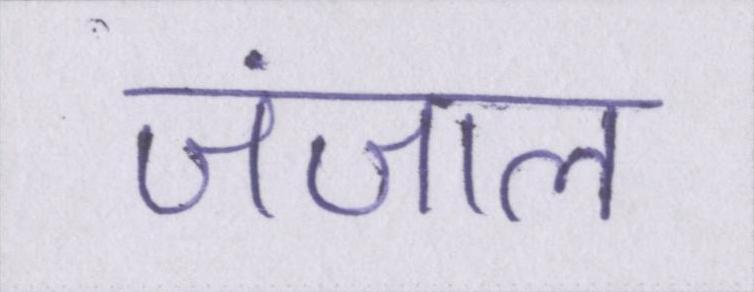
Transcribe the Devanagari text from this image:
जंजाल